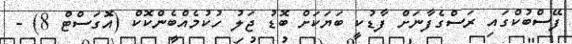
ފޭސްބުކްގައި ރަސްގެފާނަށް ފާޑުކީ ބަޔަކަށް ބޮޑު ޖަލު ހުކުމެއްބެންކޮކް (އޮގަސްޓް 8) -